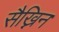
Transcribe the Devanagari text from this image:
सैख्निन